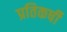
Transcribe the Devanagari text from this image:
प्रतिकर्षी